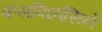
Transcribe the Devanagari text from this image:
कंसविध्वंसिने